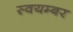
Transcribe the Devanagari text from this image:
स्वयम्बर